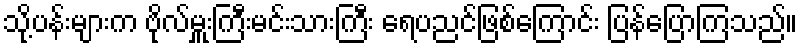
သို့ပန်းများက ဗိုလ်မှူးကြီးမင်းသားကြီး ရေပညင်ဖြစ်ကြောင်း ပြန်ပြောကြသည်။